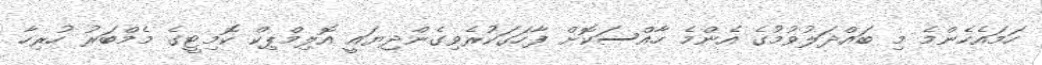
ހަމައެހެންމެ މި ބައްދަލުވުމުގެ އެންމެ ހާއްސަކޮށް ފާހަގަކުރެވިގެންދިޔައީ އޮލިމްޕިކް ކޮމިޓީގެ މެމްބަރު ހުރިހާ